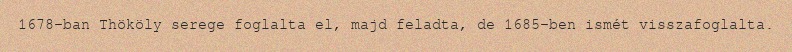
1678-ban Thököly serege foglalta el, majd feladta, de 1685-ben ismét visszafoglalta.